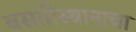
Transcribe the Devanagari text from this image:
वसतीस्थानाचा